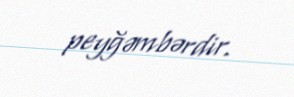
peyğəmbərdir.